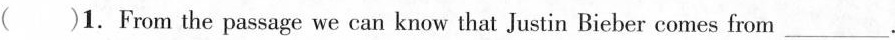
( )1.From the passage we can know that Justin Bieber comes from___.